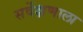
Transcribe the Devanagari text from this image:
सर्वेक्षणाला